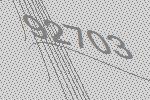
92703